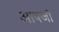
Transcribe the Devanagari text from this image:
आबजौ